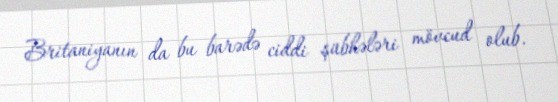
Britaniyanın da bu barədə ciddi şübhələri mövcud olub.